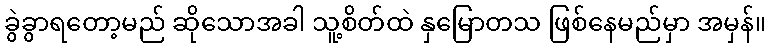
ခွဲခွာရတော့မည် ဆိုသောအခါ သူ့စိတ်ထဲ နှမြောတသ ဖြစ်နေမည်မှာ အမှန်။